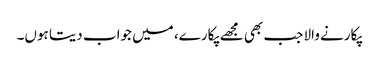
پکارنے والا جب بھی مجھے پکارے، میں جواب دیتا ہوں۔